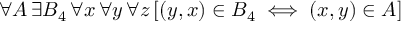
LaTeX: \, \forall A \, \exists B _ { 4 } \, \forall x \, \forall y \, \forall z \, [ ( y , x ) \in B _ { 4 } \iff ( x , y ) \in A ]